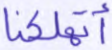
أتهلكنا